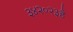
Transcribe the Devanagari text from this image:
३४२०२३है